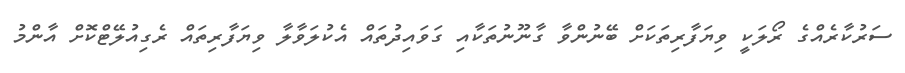
ސަރުކާރެއްގެ ރޯލަކީ ވިޔަފާރިތަކަށް ބޭނުންވާ ގާނޫނުތަކާއި ގަވައިދުތައް އެކުލަވާލާ ވިޔަފާރިތައް ރެގިއުލޭޓްކޮށް އާންމު